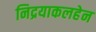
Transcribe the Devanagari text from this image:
निद्रयाकलहेन